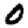
Digit: 0